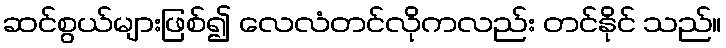
ဆင်စွယ်များဖြစ်၍ လေလံတင်လိုကလည်း တင်နိုင် သည်။